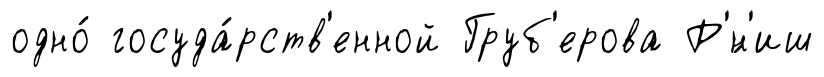
одно́ госуда́рств'енной Груб'ерова Р'́н'иш